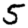
Digit: 5